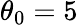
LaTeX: \theta_{0}=5